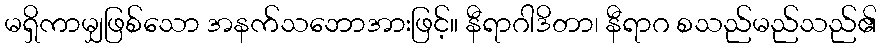
မရှိကာမျှဖြစ်သော အနက်သဘောအားဖြင့်။ နီရာဂါဒိတာ၊ နီရာဂ စသည်မည်သည်၏